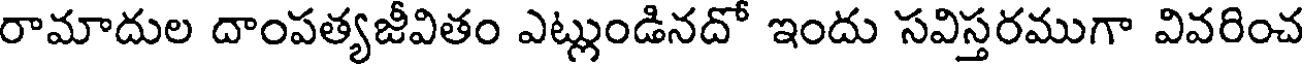
రామాదుల దాంపత్యజీవితం ఎట్లుండినదో ఇందు సవిస్తరముగా వివరించ